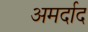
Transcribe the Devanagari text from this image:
अमर्दाद